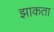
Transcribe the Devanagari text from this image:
झाकता